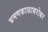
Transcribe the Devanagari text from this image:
भ्रमणकाळाबरोबर